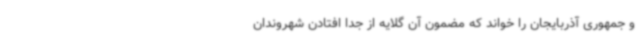
و جمهوری آذربایجان را خواند که مضمون آن گلایه از جدا افتادن شهروندان